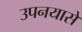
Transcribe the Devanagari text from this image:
उपनयासें